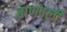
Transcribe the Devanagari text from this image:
बाणवली